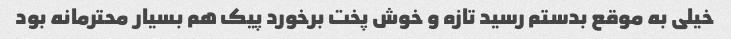
خیلی به موقع بدستم رسید تازه و خوش پخت برخورد پیک هم بسیار محترمانه بود